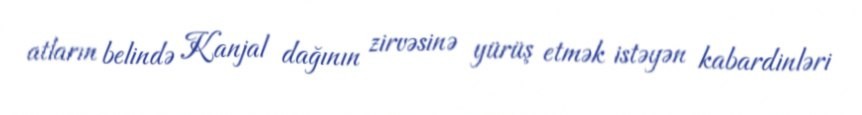
atların belində Kanjal dağının zirvəsinə yürüş etmək istəyən kabardinləri